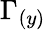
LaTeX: \Gamma_{(y)}